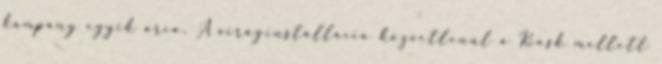
kampány egyik arca. A viráginstalláció közvetlenül a Kiosk mellett